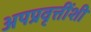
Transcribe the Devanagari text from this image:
अपप्रवृत्तींशी